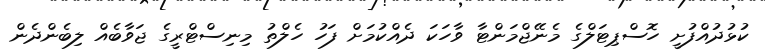
ކުޅުދުއްފުށީ ހޮސްޕިޓަލްގެ މެނޭޖްމަންޓާ ވާހަކަ ދެއްކުމަށް ފަހު ހެލްތު މިނިސްޓްރީގެ ޖަވާބެއް ލިބެންދެން